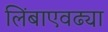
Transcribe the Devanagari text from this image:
लिंबाएवढ्या